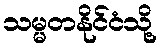
သမ္မတနိုင်ငံသို့